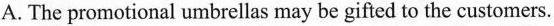
A. The promotional umbrellas may be gifted to the customers.